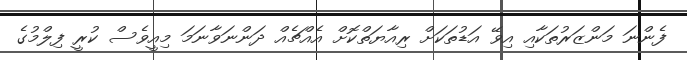
ފެންނަ މަންޒަރުތަކާއި އިވޭ އަޑުތަކަށް ރިއާޔަތްކޮށް އެއްޗެއް ދަންނަވާނަމަ މިއީވެސް ކުރީ ފިލްމުގެ